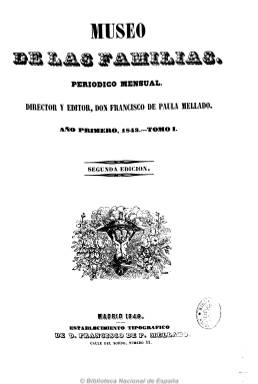
Título: Museo de las familias (Madrid)
Colección: Semanarios de amenidades
Ámbito geográfico: Madrid
Lugar de publicación: Madrid
Fechas: 25/01/1843-31/12/1870

Forma parte decisiva de la prensa ilustrada española de la mitad del siglo diecinueve, entonces denominada pintoresca por la publicación más o menos numerosa de grabados que acompañan a sus textos, realizados en aquélla época en madera de boj. Fue fundada, editada e impresa casi a lo largo de toda su vida por Francisco de Paula Mellado (ca. 1810-1876), popular editor de periódicos y novelas por entregas de esos años, cuya revista competirá principalmente, primero, con el Semanario pintoresco español (1836-1857), de Ángel Fernández de los Ríos y de mayor prestigio literario, y, después, con El museo universal (1857-1869). Junto a estas –y otras- imitó con mayor o menor fortuna y exactitud a las revistas extranjeras del mismo carácter, especialmente francesas, como Musée des famillas, tal como señala José Simón Díaz, que en 1960 publica el índice del contenido y una breve introducción de este título.

Su primera entrega –que lo serán mensuales- aparece el 25 de enero de 1843, año en el que las agitaciones políticas darán fin a la Regencia del general Baldomero Espartero e Isabel II inicia su reinado con la denominada década moderada. Como todas las de su especie, será completamente ajena a las disputas políticas, estando exclusivamente dedicada –tal como expresa su subtítulo- a ofrecer “lecturas agradables e instructivas”, autocalificándose como publicación “independiente, puramente literaria y artística”. Con las ya citadas, Museo de los familias será un fiel exponente del brillante hito de aquella prensa ilustrada y costumbrista española, manteniendo con el Semanario pintoresco español análoga estructura, mismas ilustraciones en muchas ocasiones y bastantes colaboradores comunes (Simón Díaz: 1960).

Sus artículos, unos breves y otros extensos y por entregas, lo serán de historia, historia natural, geografía, viajes, costumbres, arte o biografía (Glorias de España), da cuenta también de leyendas y anécdotas morales, y publica cuentos, novelas y poemas, entre otros textos iterarios. Por su variedad de contenidos, la propia revista se autodefinirá como “periódico biblioteca”, que en 1855 llegaba a manos de unas 4.000 familias, con la intención de “distraerlas con lecturas instructivas sin aridez, religiosas o morales sin fastidio, divertidas sin escándalo y populares sin charlatanismo”. Cecilio Alonso (1996) señalará que se caracterizó por su mayor especialización en los asuntos novelescos y artísticos, más próximos al folletín; juicio éste que corrobora Sánchez Vigil (2008), al señalar que, con una intención divulgativa y pedagógica, en sus entregas predominó y se consolidó el relato “histórico-legendario” o “histórico-novelesco”. Por su parte, Seoane (1996) la tildaba de “bastante pobre e insípida”, al indicar que sus “misceláneas de lecturas” no resultaron tan agradables e instructivas como prometió su subtítulo.

Aún así, en esta publicación se reunirá un destacado elenco de colaboradores literarios de la época. Entre otros, Manuel Bretón de los Herreros, Modesto Lafuente, José Eugenio Hartzenbusch, Ramón de Campoamor, Antonio Ferrer del Río, Gregorio Romero Larrañaga o Antonio Pirala, así como Carolina Coronado, Gertrudis Gómez de Avellaneda o Cecilia Böhl de Faber (Fernández Caballero). Junto a ellos y ellas, colabora de forma muy intensa desde el primer número –Gómez Aparicio (1967) dirá que será el verdadero artífice de la revista- el fecundo escritor e ilustrado jurista Conde de Fabraquer (José Muñoz Maldonado: 1807-1875), que llegará a asumir su dirección durante casi dos décadas, incluso compaginándola algún tiempo con la del Semanario pintoresco español. Algunas de sus entregas llegarán a estar casi completamente escritas por Fabraquer y otro de sus colaboradores, Francisco Fernández Villabrille (1881-1864).

En cuanto a sus grabados, Sánchez Vigil (2008) los reconoce, unos como originales fruto de los mejores artistas, y otros como copias de obras pintorescas de los más acreditados de Francia, Inglaterra o Alemania, pareciéndole una revista visualmente extranjerizante, en donde destacan los clichés de procedencia francesa, y resalta la coloración de muchos de ellos. Aún siendo la copias de inferior calidad que los originales, su publicación alcanza una importancia decisiva en la historia del periodismo español (Simón Díaz: 1960). El eminente grabador Vicente Castelló (1815-1872) colaborará en el lanzamiento de la publicación, y también contará después con la colaboración de otro significativo grabador como Calixto Ortega.

Mellado fue su impresor, editor y director entre 1843-1847 y 1865-1867, y Fabraquer lo dirigió en el largo ínterin de esos dos periodos. Desde su aparición hasta diciembre de 1854, su colección la forman 12 tomos. En enero del año siguiente, inicia una segunda serie, que acaba en diciembre de 1867, alcanzando hasta aquí el tomo 25. En 1868 fueron editados varios números, que suman 96 páginas (Simón Díaz: 1960); y en abril de 1870 reiniciará la secuencia con nuevas entregas, que alcanzan hasta diciembre de ese año, pero ya a cargo del periodista Dionisio Chaulié (1814-1887), regente también de la Imprenta del Banco Industrial, propiedad de Mellado, aunque la portada de este tomo está fechada en 1871. En diciembre de 1869 había aparecido La ilustración española y americana, el máximo exponente del nuevo periodismo ilustrado español, con nuevas técnicas de grabado e impresión y estructura de contenidos más moderna, a cuyo advenimiento había llegado sin fuerzas ya el pintoresco Museo de las familias.